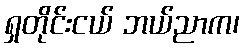
ရှတိုင်းငယ် ဘယ်ညာက၊